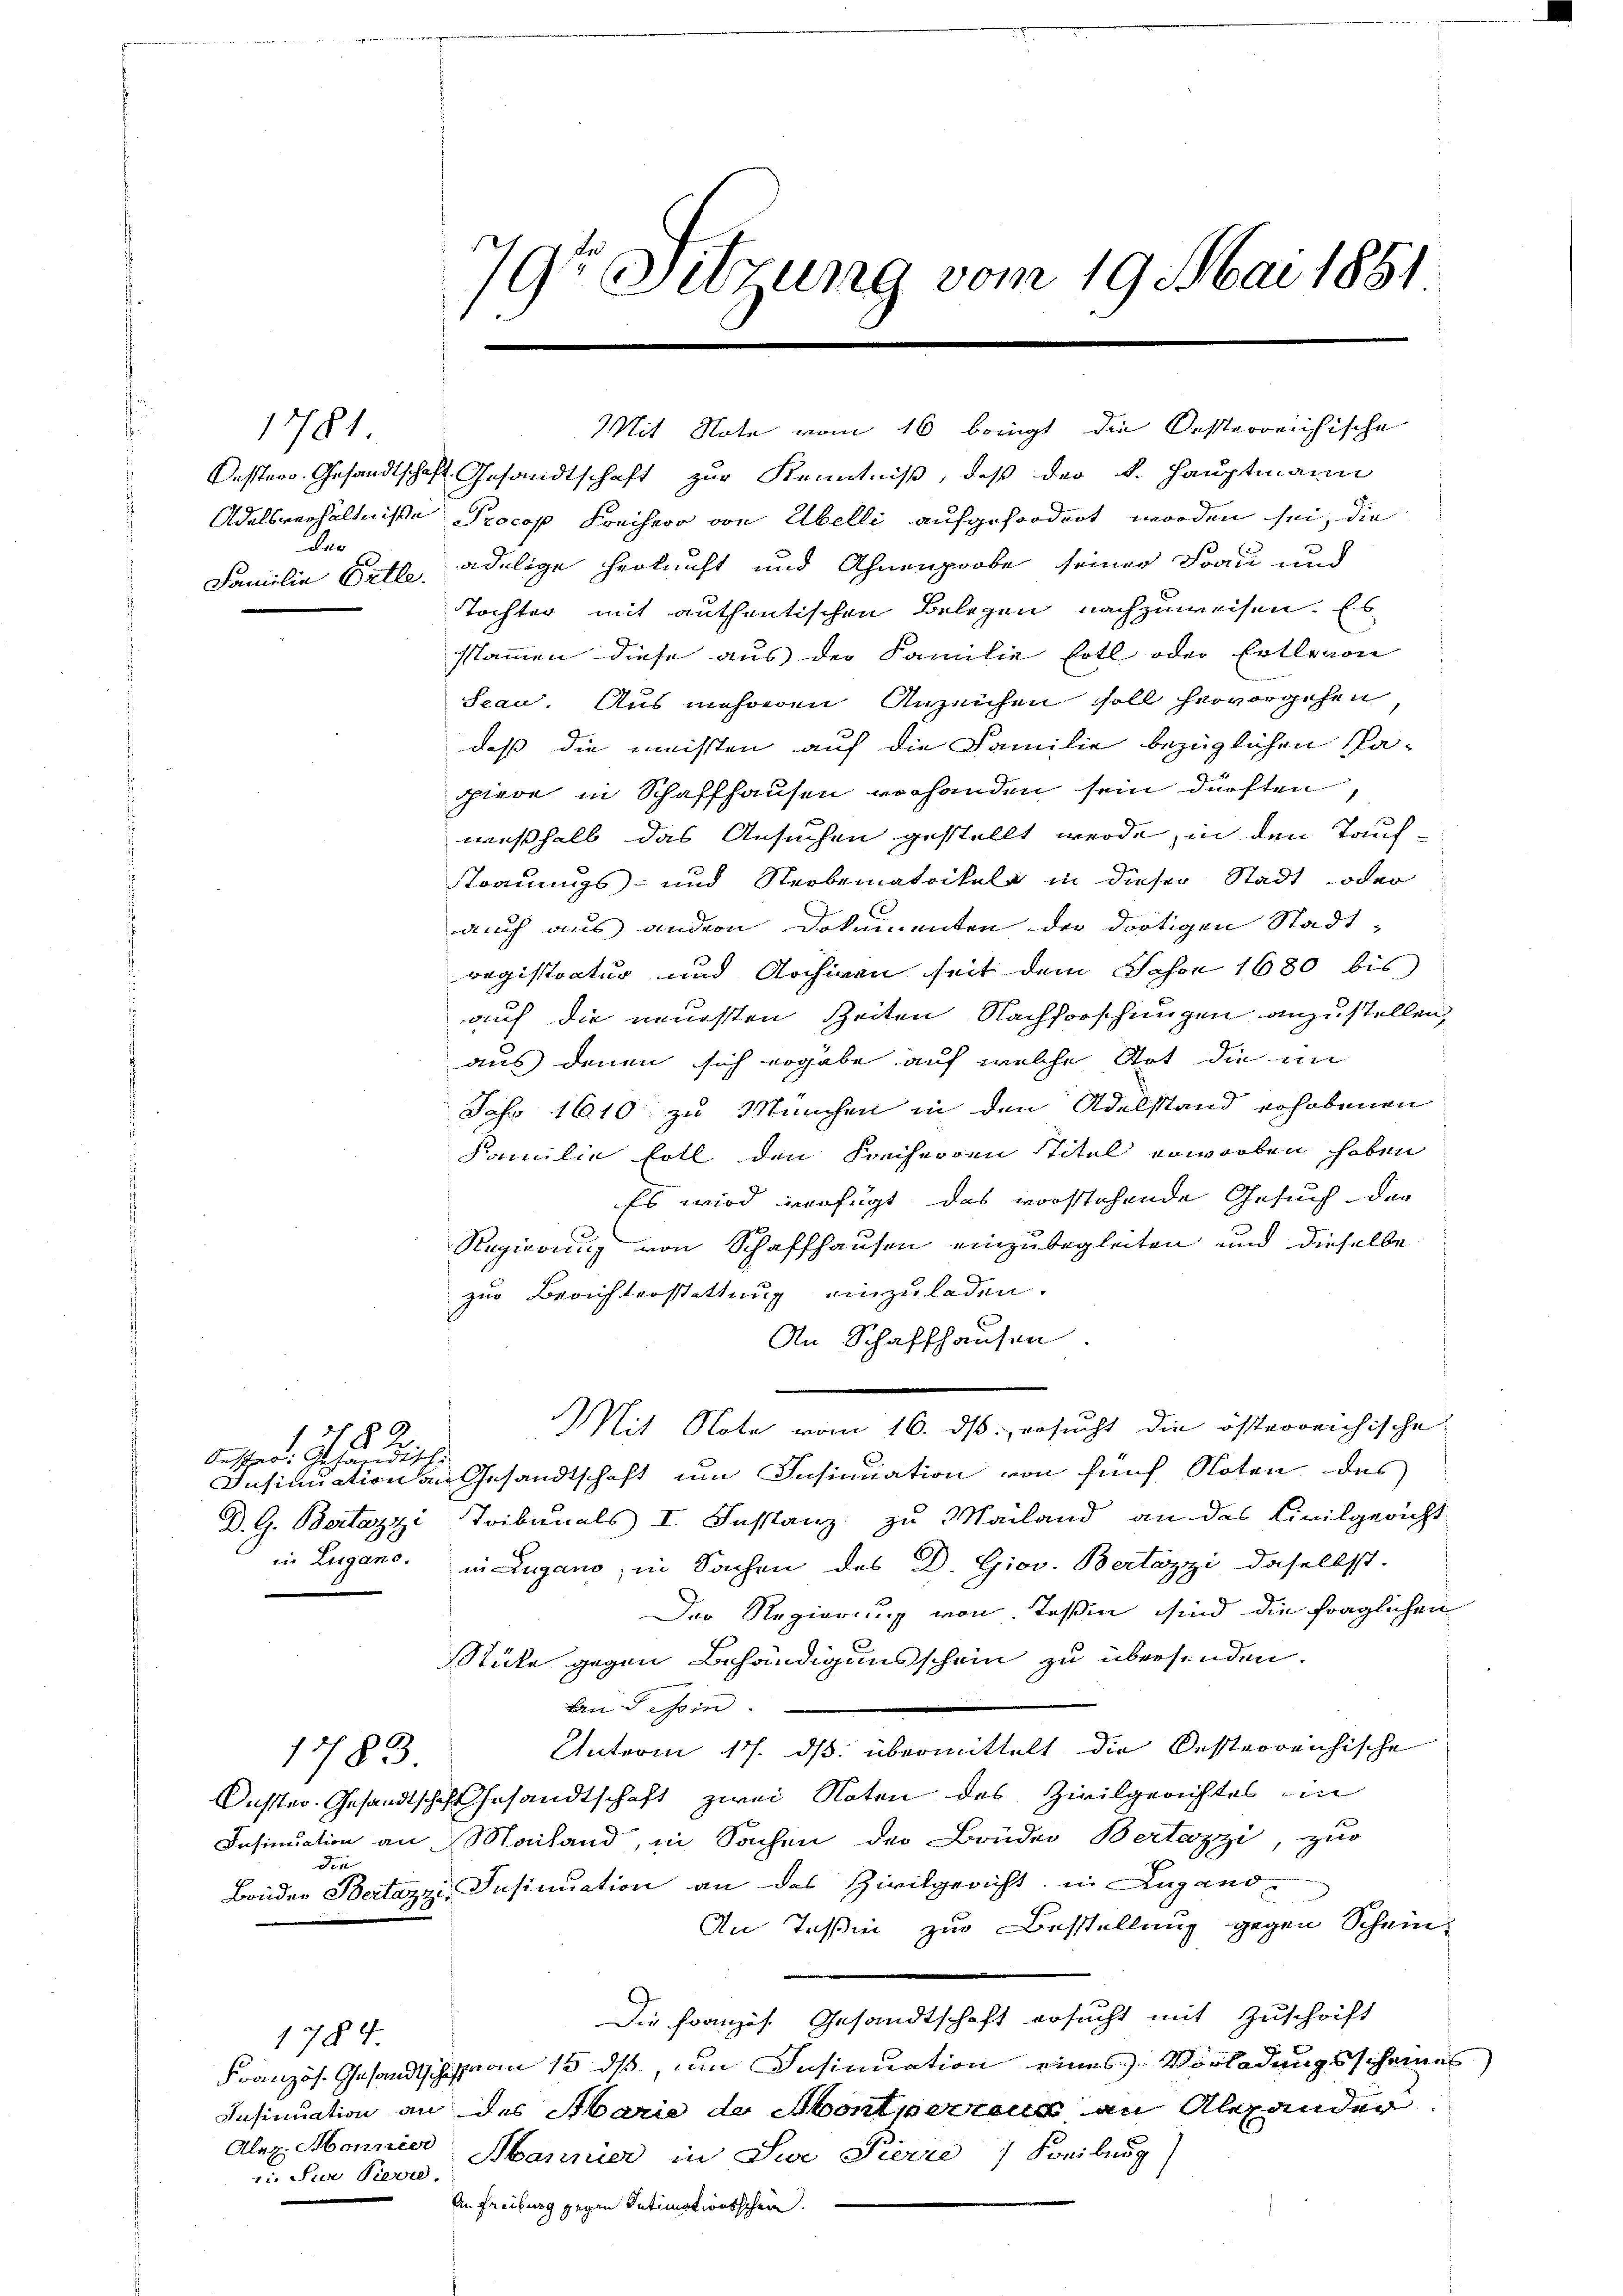
182.
bescher ist händische

die

1781

de
Familie Ertle.

1784.

1783

in Sur Sieve

Mit Note vom 16 bonigt die Oesterreichische
Pester Gesandtschaft Gesandtschaft zur Kenntniß, daß der k. Hauptmann
Adelsverhältniße Procop Freiherr von Übelli aufgefordert worden sei, die
adilige Herkunft und Ahnenprobe seiner Frau und
Tochter mit authentischen Belegen nachzuweisen. Es
sammen diese aus der Familie soll oder Ertlevon
Scan. Aus mehreren Anzeichen soll hervorgehen
daß die meisten auf die Familie bezüglichen Kagiere in Schaffhausen vorhanden sein dürften,
weßhalb das Ansuchen gestellt werde, in den Taufstrauungs- und Sterbematikeln in dieser Stadt oder
auch aus andern Dokumenten der dortigen Stadt-
registratur und Archiven seit dem Schon 1680 bis
auf die neuesten Zeiten Nachforschungen anzustellen,
aus denen sich ergabe auf welche Not die in
Jahr 1610 zu München in den Adelstand erhobenen
Familie soll den Freiherren Titel erworben haben
Es wird verfügt das vorstehende Gesuch der
Regierung von Schaffhausen einzubegleiten und dieselbe
zur Berichterstattung einzuladen.
An Schaffhausen.
Mit Note vom 16. ds. ersucht die österreichische
Insinuation an Gesandtschaft um Insinuation von fünf Noten des
D. G. Bertazzi Tribunals I. Instanz zu Mailand an das Civilgericht
in Lugano, in Lugano, in Sachen des D. Giov. Bertazzi daselbst.
Der Regierung von Teßin sind die fraglichen
Stücke gegen Behändigung schein zu übersenden.
Band es in
Interm 17. ds. übermittelt die besterreichische
2.
Oester Gesandtschaft Gesandtschaft zwei Noten des Zivilgerichtes in
Insinuation an Mailand, in Sachen der Brüder Bertuzzi, zur
Bruder Bertazzi, Insinuation an das Zivilgericht in Lugand
An Teßin zur Bestellung gegen Schein-
Die Französ. Gesandtschaft ersucht mit Zuschrift
Französ. Gesandtschen 13 ds, um Insinuation eines Vorladungsscheines
Insinuation an des Abarie de Abont perteur an Abhander
Alex. Monnie Mannier in Sei Pierre Freiburg
An Freiburg gegen Intimationsschein.

7r Sitzung vom 19. Mai 1881